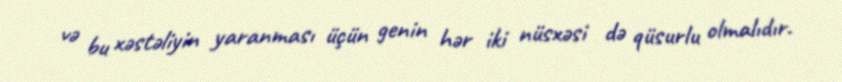
və bu xəstəliyin yaranması üçün genin hər iki nüsxəsi də qüsurlu olmalıdır.